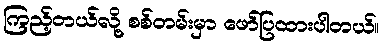
ကြည့်တယ်လို့ စစ်တမ်းမှာ ဖော်ပြထားပါတယ်။